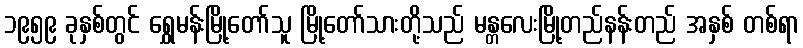
၁၉၅၉ ခုနှစ်တွင် ရွှေမန်းမြို့တော်သူ မြို့တော်သားတို့သည် မန္တလေးမြို့တည်နန်းတည် အနှစ် တစ်ရာ